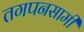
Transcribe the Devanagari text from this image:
तगपनसामी